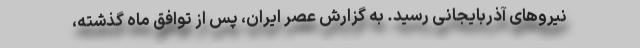
نیروهای آذربایجانی رسید. به گزارش عصر ایران، پس از توافق ماه گذشته،